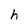
Character: h